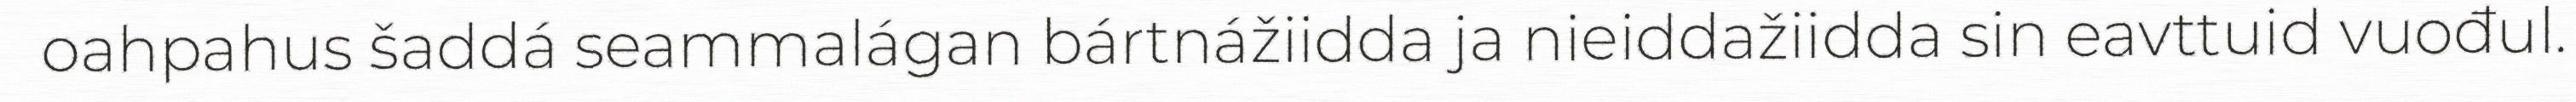
oahpahus šaddá seammalágan bártnážiidda ja nieiddažiidda sin eavttuid vuođul.